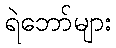
ရဲဘော်များ